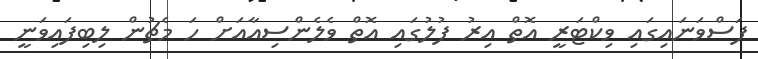
ފަސްވަނައިގައި ވިކްޓަރީ އޮތް އިރު ފުލުގައި އޮތް ވެލެންސިއާއަށް ހަ މެޗުން ލިބިފައިވަނީ